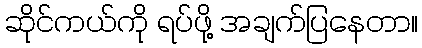
ဆိုင်ကယ်ကို ရပ်ဖို့ အချက်ပြနေတာ။